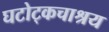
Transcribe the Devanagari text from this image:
घटोट्कचाश्रय